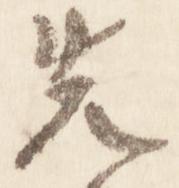
先